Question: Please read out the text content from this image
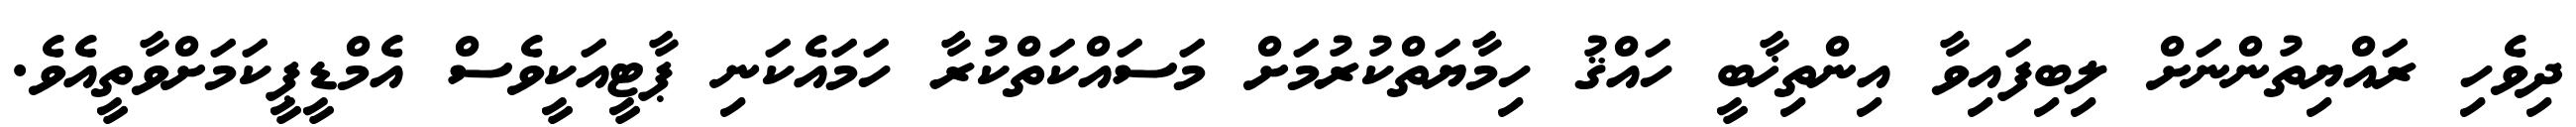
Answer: ދިވެހި ރައްޔިތުންނަށް ލިބިފައިވާ އިންތިޚާބީ ހައްޤު ހިމާޔަތްކުރުމަށް މަސައްކަތްކުރާ ހަމައެކަނި ޕާޓީއަކީވެސް އެމްޑީޕީކަމަށްވާތީއެވެ.